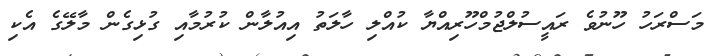
މަސްރަހު ހޫނުވެ ރައީސުލްޖުމްހޫރިއްޔާ ކުއްލި ހާލަތު އިއުލާން ކުރުމާއި ގުޅިގެން މާލޭގެ އެކި